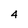
Character: 4